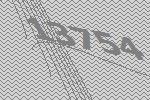
13754